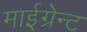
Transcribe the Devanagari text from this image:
माईग्रेन्ट